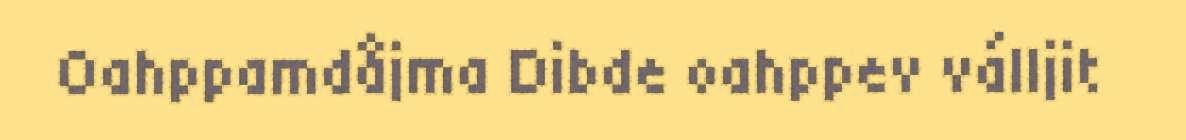
Oahppamdåjma Dibde oahppev válljit